Scottish Certificate of Education, 1963
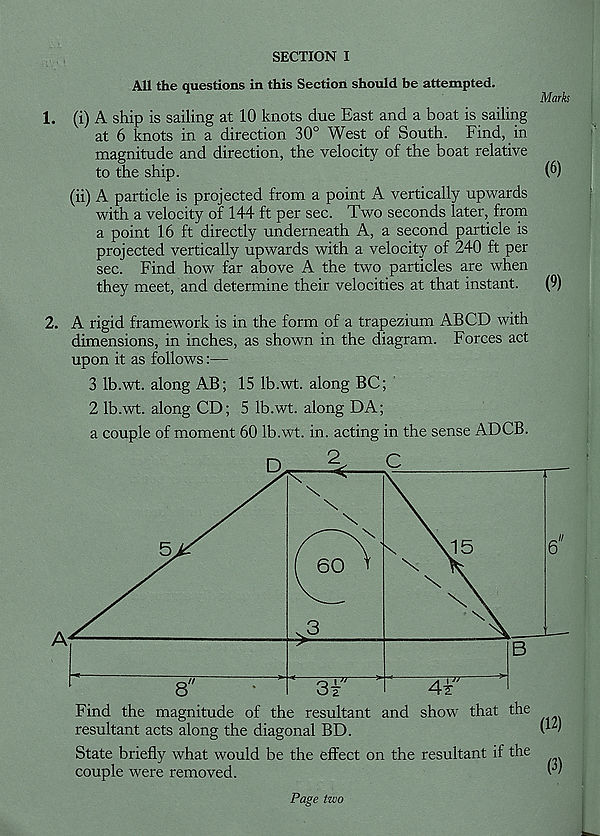
SECTION I
All the questions in this Section should be attempted.
Marks
1. (i) A ship is sailing at 10 knots due East and a boat is sailing
at 6 knots in a direction 30° West of South. Find, in
magnitude and direction, the velocity of the boat relative
to the ship.
(6)
(ii) A particle is projected from a point A vertically upwards
with a velocity of 144 ft per sec. Two seconds later, from
a point 16 ft directly underneath A, a second particle is
projected vertically upwards with a velocity of 240 ft per
sec. Find how far above A the two particles are when
they meet, and determine their velocities at that instant.
(9)
2. A rigid framework is in the form of a trapezium ABCD with
dimensions, in inches, as shown in the diagram. Forces act
upon it as follows:—
3 Ib.wt. along AB; 15 Ib.wt. along BC;
2 Ib.wt. along CD; 5 Ib.wt. along DA;
a couple of moment 60 Ib.wt. in. acting in the sense ADCB.
State briefly what would be the effect on the resultant if the
couple were removed.
Page two